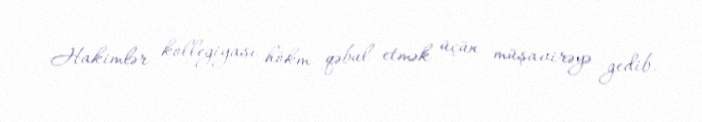
Hakimlər kollegiyası hökm qəbul etmək üçün müşavirəyə gedib.